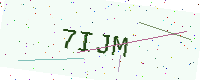
Text: 7IJM